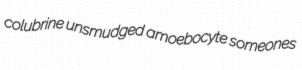
colubrine unsmudged amoebocyte someones